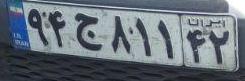
۹۴ج۸۱۱۴۲